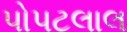
પોપટલાલ